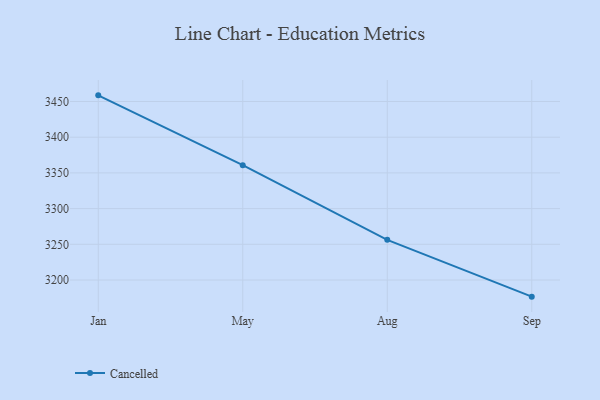
{"axis": {"x": "Month", "y": "Latency (ms)"}, "legend": ["Cancelled"], "data": [{"x": "Jan", "y": 3458.6, "type": "Cancelled"}, {"x": "May", "y": 3360.8, "type": "Cancelled"}, {"x": "Aug", "y": 3256.3, "type": "Cancelled"}, {"x": "Sep", "y": 3176.7, "type": "Cancelled"}]}